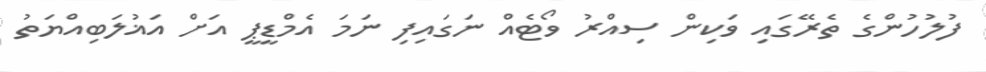
ފުލުހުންގެ ތެރޭގައި ވަކިން ސިއްރު ވޯޓެއް ނަގައިފި ނަމަ އެމްޑީޕީ އަށް އަޣުލަބިއްޔަތު